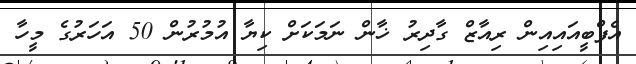
އެފްބީއައިއިން ރިއާޒް ގާދިރު ޚާން ނަމަކަށް ކިޔާ އުމުރުން 50 އަހަރުގެ މީހާ